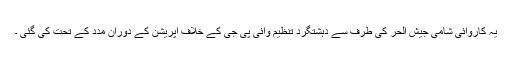
یہ کاروائی شامی جیش الحر کی طرف سے دہشتگرد تنظیم وائی پی جی کے خلاف آپریشن کے دوران مدد کے تحت کی گئی ۔